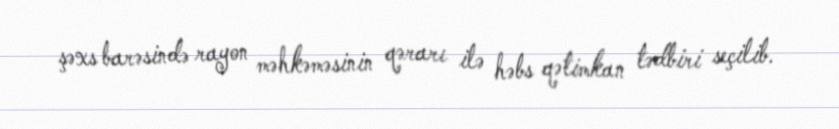
şəxs barəsində rayon məhkəməsinin qərarı ilə həbs qətimkan tədbiri seçilib.